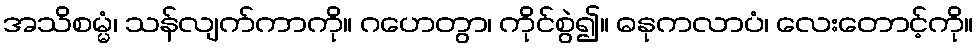
အသိစမ္မံ၊ သန်လျက်ကာကို။ ဂဟေတွာ၊ ကိုင်စွဲ၍။ ဓနုကလာပံ၊ လေးတောင့်ကို။